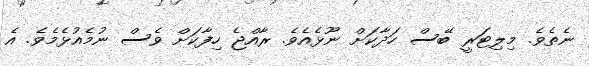
ނެތެވެ. މިލިޓަރީ ބޭސް ހަދާކަށް ނޫޅެއެވެ. ރާއްޖެ ހިފާކަށް ވެސް ނުމެއުޅެމެވެ. އެ